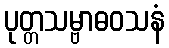
ပုတ္တသမ္ဗာဓဝသနံ